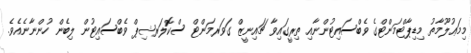
މިމަޢުލޫމާތު މިޑިޕާޓްމަންޓްގެ ވެބްސައިޓުންނާއި ތިރީގައިވާ ޗައިނީޒް ގަވަރމަންޓް ސްކޮލަރޝިޕް ވެބްސައިޓުން ލިބެން ހުންނާނެއެވެ.